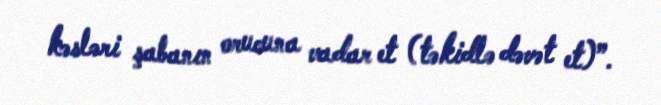
kəsləri şabanın orucuna vadar et (təkidlə dəvət et)”.